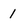
Character: 1